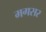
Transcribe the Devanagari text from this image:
मगसर